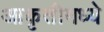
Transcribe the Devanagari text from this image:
आकृतीमध्ये